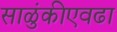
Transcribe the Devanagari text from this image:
साळुंकीएवढा